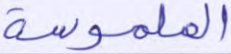
الملموسة